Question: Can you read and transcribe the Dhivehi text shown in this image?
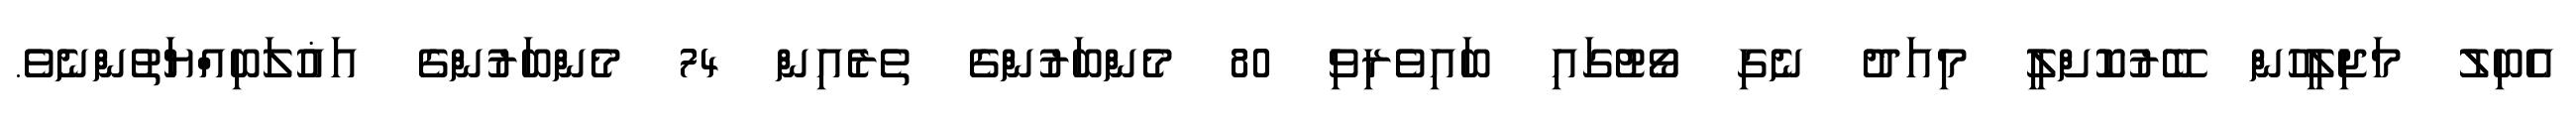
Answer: އެބިލު މަޖިލީހުން ބޭރުކޮށްލީ މިއަދު ނެގި ވޯޓުގައި ބައިވެރިވި 80 މެންބަރުންގެ ތެރެއިން 74 މެންބަރުންގެ އަޣުލަބިއްޔަތުންނެވެ.